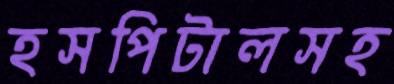
হসপিটালসহ